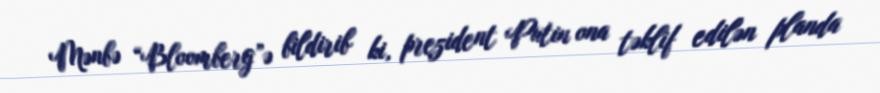
Mənbə “Bloomberg”ə bildirib ki, prezident Putin ona təklif edilən planda